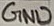
Text: GND